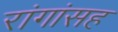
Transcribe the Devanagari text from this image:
रांगांसह